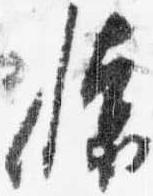
懐